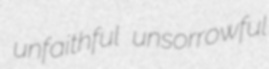
unfaithful unsorrowful